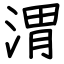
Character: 渭